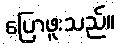
ပြောဖူးသည်။